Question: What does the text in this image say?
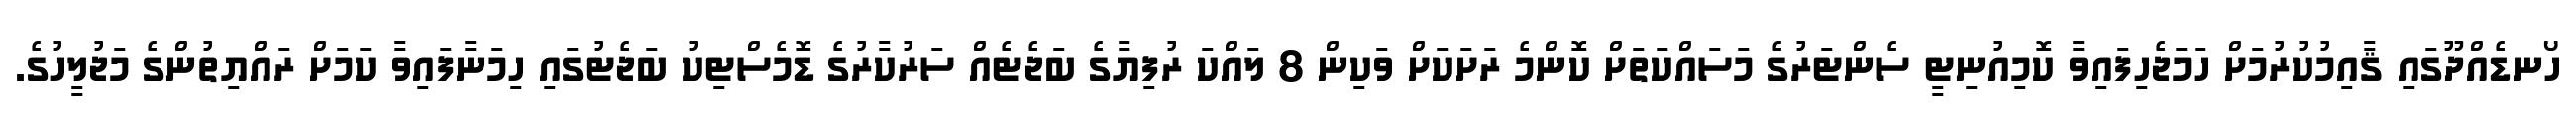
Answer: ހޯނޑެއްދޫގައި ޤާއިމުކުރުމަށް ހަމަޖެހިފައިވާ ކޮމިއުނިޓީ ސެންޓަރުގެ މަސައްކަތަށް ކޮންމެ ރަށަކަށް ވަކިން 8 ލައްކަ ރުފިޔާގެ ބަޖެޓެއް ސަރުކާރުގެ ޑޮމެސްޓިކު ބަޖެޓުގައި ހިމަނާފައިވާ ކަމަށް ރައްޔިތުންގެ މަޖުލީހުގެ.